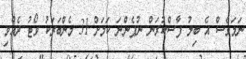
ނަމަވެސް އެ ބިލު ފާސްކުރަން ނުފެންނަ ކަމަށް 31 މެންބަރަކު ވޯޓު ދެއްވި